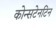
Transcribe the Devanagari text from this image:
कोन्सटेनटिन